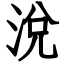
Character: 涗